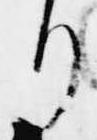
り